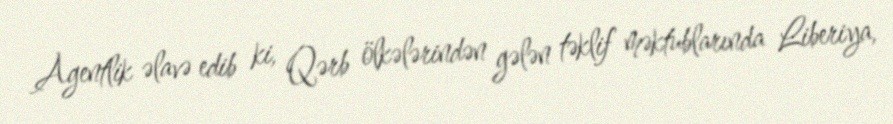
Agentlik əlavə edib ki, Qərb ölkələrindən gələn təklif məktublarında Liberiya,